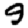
Digit: 9